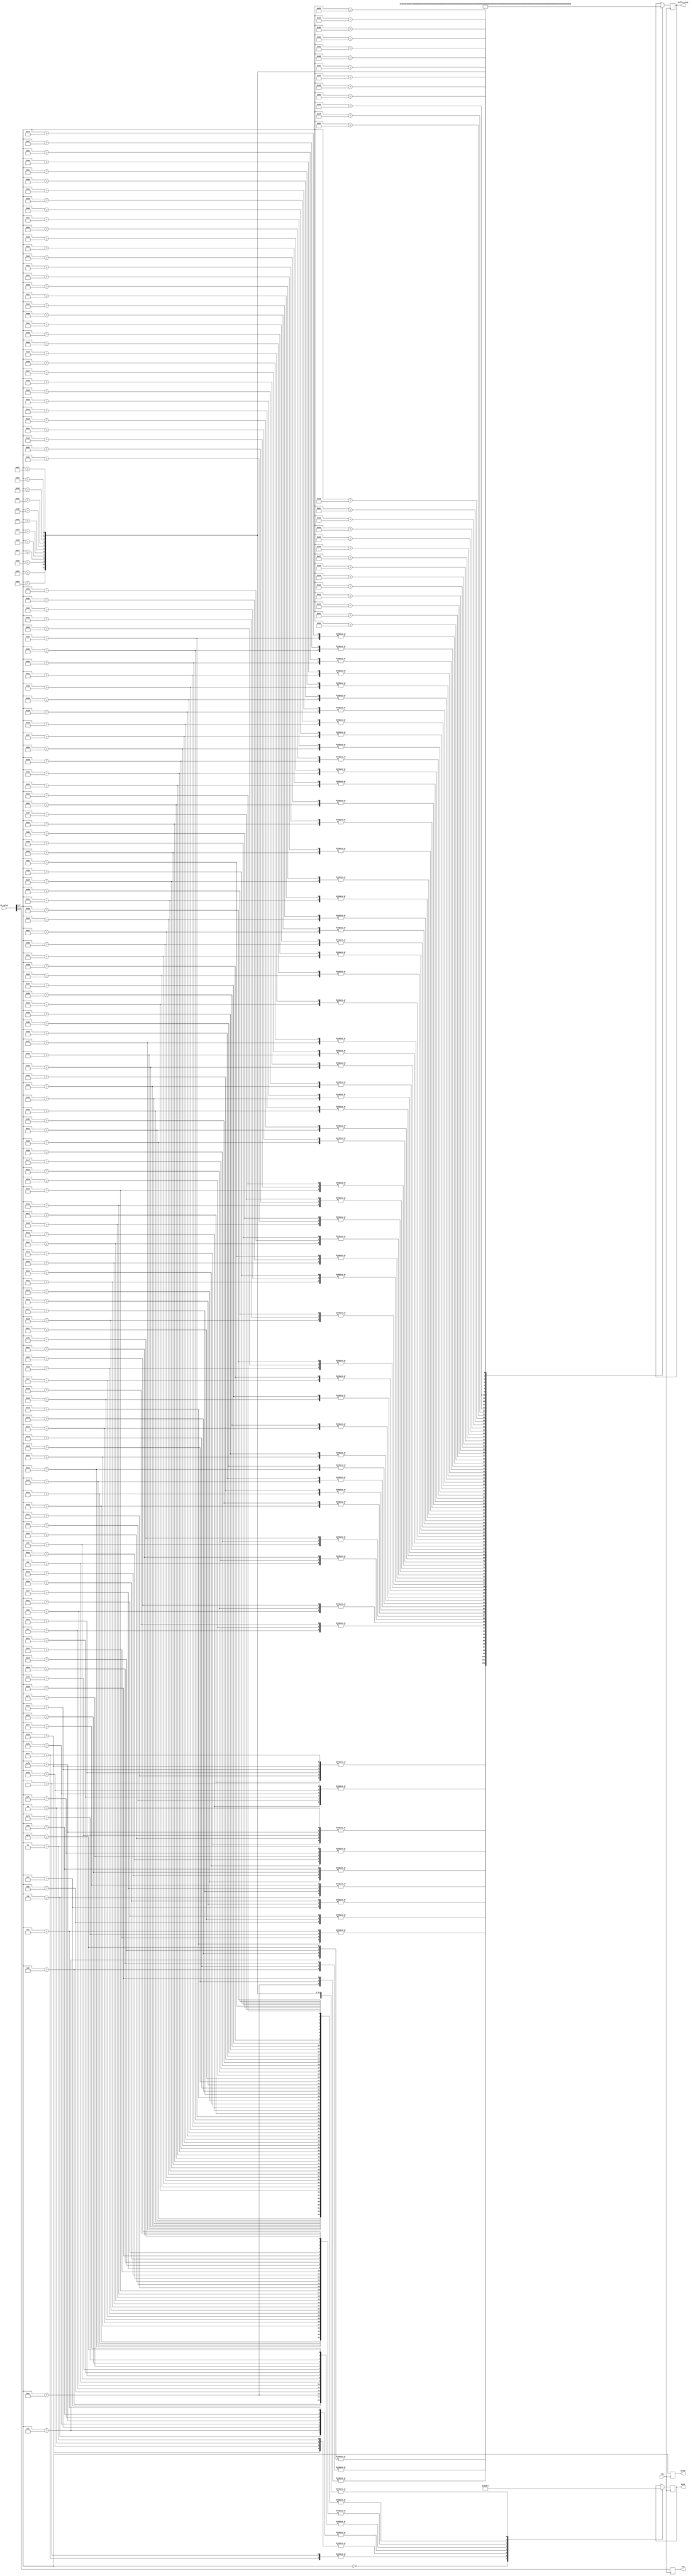
`timescale 1ns / 1ps
//////////////////////////////////////////////////////////////////////////////////
// Company: 
// Engineer: 
// 
// Design Name: 
// Module Name: Size_and_code
// Project Name: 
// Target Devices: 
// Tool Versions: 
// Description: 
// 
// Dependencies: 
// 
// Revision:
// Revision 0.01 - File Created
// Additional Comments:
// OM
//////////////////////////////////////////////////////////////////////////////////


module Size_and_code(RL_value,clk,Size,Suffix_code,value,run);
input [0:11] RL_value;
input clk;
output reg [2:0] Size;
output reg [6:0] Suffix_code;
output reg [0:7] value;
output reg [0:3] run;

always@(posedge clk) begin
        value <= RL_value[4:11];
        run <= RL_value[0:3];
        case(RL_value[4:11])
                8'd153: begin    //-103
                               Size <= 3'd7;
                               Suffix_code <= 7'b0011000;
                        end
                8'd154: begin    //-102
                               Size <= 3'd7;
                               Suffix_code <= 7'b0011001;
                        end
                8'd155: begin    //-101
                               Size <= 3'd7;
                               Suffix_code <= 7'b0011010;
                        end
                8'd156: begin    //-100
                               Size <= 3'd7;
                               Suffix_code <= 7'b0011011;
                        end
                8'd157: begin    //-99
                               Size <= 3'd7;
                               Suffix_code <= 7'b0011100;
                        end
                8'd158: begin    //-98
                               Size <= 3'd7;
                               Suffix_code <= 7'b0011101;
                        end
                8'd159: begin    //-97
                               Size <= 3'd7;
                               Suffix_code <= 7'b0011110;
                        end
                8'd160: begin    //-96
                               Size <= 3'd7;
                               Suffix_code <= 7'b0011111;
                        end
                8'd161: begin    //-95
                               Size <= 3'd7;
                               Suffix_code <= 7'b0100000;
                        end
                8'd162: begin    //-94
                               Size <= 3'd7;
                               Suffix_code <= 7'b0100001;
                        end
                8'd163: begin    //-93
                               Size <= 3'd7;
                               Suffix_code <= 7'b0100010;
                        end
                8'd164: begin    //-92
                               Size <= 3'd7;
                               Suffix_code <= 7'b0100011;
                        end
                8'd165: begin    //-91
                               Size <= 3'd7;
                               Suffix_code <= 7'b0100100;
                        end
                8'd166: begin    //-90
                               Size <= 3'd7;
                               Suffix_code <= 7'b0100101;
                        end
                8'd167: begin    //-89
                               Size <= 3'd7;
                               Suffix_code <= 7'b0100110;
                        end
                8'd168: begin    //-88
                               Size <= 3'd7;
                               Suffix_code <= 7'b0100111;
                        end
                8'd169: begin    //-87
                               Size <= 3'd7;
                               Suffix_code <= 7'b0101000;
                        end
                8'd170: begin    //-86
                               Size <= 3'd7;
                               Suffix_code <= 7'b0101001;
                        end
                8'd171: begin    //-85
                               Size <= 3'd7;
                               Suffix_code <= 7'b0101010;
                        end
                8'd172: begin    //-84
                               Size <= 3'd7;
                               Suffix_code <= 7'b0101011;
                        end
                8'd173: begin    //-83
                               Size <= 3'd7;
                               Suffix_code <= 7'b0101100;
                        end
                8'd174: begin    //-82
                               Size <= 3'd7;
                               Suffix_code <= 7'b0101101;
                        end
                8'd175: begin    //-81
                               Size <= 3'd7;
                               Suffix_code <= 7'b0101110;
                        end
                8'd176: begin    //-80
                               Size <= 3'd7;
                               Suffix_code <= 7'b0101111;
                        end
                8'd177: begin    //-79
                               Size <= 3'd7;
                               Suffix_code <= 7'b0110000;
                        end
                8'd178: begin    //-78
                               Size <= 3'd7;
                               Suffix_code <= 7'b0110001;
                        end
                8'd179: begin    //-77
                               Size <= 3'd7;
                               Suffix_code <= 7'b0110010;
                        end
                8'd180: begin    //-76
                               Size <= 3'd7;
                               Suffix_code <= 7'b0110011;
                        end
                8'd181: begin    //-75
                               Size <= 3'd7;
                               Suffix_code <= 7'b0110100;
                        end
                8'd182: begin    //-74
                               Size <= 3'd7;
                               Suffix_code <= 7'b0110101;
                        end
                8'd183: begin    //-73
                               Size <= 3'd7;
                               Suffix_code <= 7'b0110110;
                        end
                8'd184: begin    //-72
                               Size <= 3'd7;
                               Suffix_code <= 7'b0110111;
                        end
                8'd185: begin    //-71
                               Size <= 3'd7;
                               Suffix_code <= 7'b0111000;
                        end
                8'd186: begin    //-70
                               Size <= 3'd7;
                               Suffix_code <= 7'b0111001;
                        end
                8'd187: begin    //-69
                               Size <= 3'd7;
                               Suffix_code <= 7'b0111010;
                        end
                8'd188: begin    //-68
                               Size <= 3'd7;
                               Suffix_code <= 7'b0111011;
                        end
                8'd189: begin    //-67
                               Size <= 3'd7;
                               Suffix_code <= 7'b0111100;
                        end
                8'd190: begin    //-66
                               Size <= 3'd7;
                               Suffix_code <= 7'b0111101;
                        end
                8'd191: begin    //-65
                               Size <= 3'd7;
                               Suffix_code <= 7'b0111110;
                        end
                8'd192: begin    //-64
                               Size <= 3'd7;
                               Suffix_code <= 7'b0111111;
                        end
                8'd193: begin    //-63
                               Size <= 3'd6;
                               Suffix_code <= 6'b000000;
                        end
                8'd194: begin    //-62
                               Size <= 3'd6;
                               Suffix_code <= 6'b000001;
                        end
                8'd195: begin    //-61
                               Size <= 3'd6;
                               Suffix_code <= 6'b000010;
                        end
                8'd196: begin    //-60
                               Size <= 3'd6;
                               Suffix_code <= 6'b000011;
                        end
                8'd197: begin    //-59
                               Size <= 3'd6;
                               Suffix_code <= 6'b000100;
                        end
                8'd198: begin    //-58
                               Size <= 3'd6;
                               Suffix_code <= 6'b000101;
                        end
                8'd199: begin    //-57
                               Size <= 3'd6;
                               Suffix_code <= 6'b000110;
                        end
                8'd200: begin    //-56
                               Size <= 3'd6;
                               Suffix_code <= 6'b000111;
                        end
                8'd201: begin    //-55
                               Size <= 3'd6;
                               Suffix_code <= 6'b001000;
                        end
                8'd202: begin    //-54
                               Size <= 3'd6;
                               Suffix_code <= 6'b001001;
                        end
                8'd203: begin    //-53
                               Size <= 3'd6;
                               Suffix_code <= 6'b001010;
                        end
                8'd204: begin    //-52
                               Size <= 3'd6;
                               Suffix_code <= 6'b001011;
                        end
                8'd205: begin    //-51
                               Size <= 3'd6;
                               Suffix_code <= 6'b001100;
                        end
                8'd206: begin    //-50
                               Size <= 3'd6;
                               Suffix_code <= 6'b001101;
                        end
                8'd207: begin    //-49
                               Size <= 3'd6;
                               Suffix_code <= 6'b001110;
                        end
                8'd208: begin    //-48
                               Size <= 3'd6;
                               Suffix_code <= 6'b001111;
                        end
                8'd209: begin    //-47
                               Size <= 3'd6;
                               Suffix_code <= 6'b010000;
                        end
                8'd210: begin    //-46
                               Size <= 3'd6;
                               Suffix_code <= 6'b010001;
                        end
                8'd211: begin    //-45
                               Size <= 3'd6;
                               Suffix_code <= 6'b010010;
                        end
                8'd212: begin    //-44
                               Size <= 3'd6;
                               Suffix_code <= 6'b010011;
                        end
                8'd213: begin    //-43
                               Size <= 3'd6;
                               Suffix_code <= 6'b010100;
                        end
                8'd214: begin    //-42
                               Size <= 3'd6;
                               Suffix_code <= 6'b010101;
                        end
                8'd215: begin    //-41
                               Size <= 3'd6;
                               Suffix_code <= 6'b010110;
                        end
                8'd216: begin    //-40
                               Size <= 3'd6;
                               Suffix_code <= 6'b010111;
                        end
                8'd217: begin    //-39
                               Size <= 3'd6;
                               Suffix_code <= 6'b011000;
                        end
                8'd218: begin    //-38
                               Size <= 3'd6;
                               Suffix_code <= 6'b011001;
                        end
                8'd219: begin    //-37
                               Size <= 3'd6;
                               Suffix_code <= 6'b011010;
                        end
                8'd220: begin    //-36
                               Size <= 3'd6;
                               Suffix_code <= 6'b011011;
                        end
                8'd221: begin    //-35
                               Size <= 3'd6;
                               Suffix_code <= 6'b011100;
                        end
                8'd222: begin    //-34
                               Size <= 3'd6;
                               Suffix_code <= 6'b011101;
                        end
                8'd223: begin    //-33
                               Size <= 3'd6;
                               Suffix_code <= 6'b011110;
                        end
                8'd224: begin    //-32
                               Size <= 3'd6;
                               Suffix_code <= 6'b011111;
                        end
                8'd225: begin    //-31
                               Size <= 3'd5;
                               Suffix_code <= 5'b00000;
                        end
                8'd226: begin    //-30
                               Size <= 3'd5;
                               Suffix_code <= 5'b00001;
                        end
                8'd227: begin    //-29
                               Size <= 3'd5;
                               Suffix_code <= 5'b00010;
                        end
                8'd228: begin    //-28
                               Size <= 3'd5;
                               Suffix_code <= 5'b00011;
                        end
                8'd229: begin    //-27
                               Size <= 3'd5;
                               Suffix_code <= 5'b00100;
                        end
                8'd230: begin    //-26
                               Size <= 3'd5;
                               Suffix_code <= 5'b00101;
                        end
                8'd231: begin    //-25
                               Size <= 3'd5;
                               Suffix_code <= 5'b00110;
                        end
                8'd232: begin    //-24
                               Size <= 3'd5;
                               Suffix_code <= 5'b00111;
                        end
                8'd233: begin    //-23
                               Size <= 3'd5;
                               Suffix_code <= 5'b01000;
                        end
                8'd234: begin    //-22
                               Size <= 3'd5;
                               Suffix_code <= 5'b01001;
                        end
                8'd235: begin    //-21
                               Size <= 3'd5;
                               Suffix_code <= 5'b01010;
                        end
                8'd236: begin    //-20
                               Size <= 3'd5;
                               Suffix_code <= 5'b01011;
                        end
                8'd237: begin    //-19
                               Size <= 3'd5;
                               Suffix_code <= 5'b01100;
                        end
                8'd238: begin    //-18
                               Size <= 3'd5;
                               Suffix_code <= 5'b01101;
                        end
                8'd239: begin    //-17
                               Size <= 3'd5;
                               Suffix_code <= 5'b01110;
                        end
                8'd240: begin    //-16
                               Size <= 3'd5;
                               Suffix_code <= 5'b01111;
                        end
                8'd241: begin    //-15
                               Size <= 3'd4;
                               Suffix_code <= 4'b0000;
                        end
                8'd242: begin    //-14
                               Size <= 3'd4;
                               Suffix_code <= 4'b0001;
                        end
                8'd243: begin    //-13
                               Size <= 3'd4;
                               Suffix_code <= 4'b0010;
                        end
                8'd244: begin    //-12
                               Size <= 3'd4;
                               Suffix_code <= 4'b0011;
                        end
                8'd245: begin    //-11
                               Size <= 3'd4;
                               Suffix_code <= 4'b0100;
                        end
                8'd246: begin    //-10
                               Size <= 3'd4;
                               Suffix_code <= 4'b0101;
                        end
                8'd247: begin    //-9
                               Size <= 3'd4;
                               Suffix_code <= 4'b0110;
                        end
                8'd248: begin    //-8
                               Size <= 3'd4;
                               Suffix_code <= 4'b0111;
                        end
                8'd249: begin    //-7
                               Size <= 2'd3;
                               Suffix_code <= 3'b000;
                        end
                8'd250: begin    //-6
                               Size <= 2'd3;
                               Suffix_code <= 3'b001;
                        end
                8'd251: begin    //-5
                               Size <= 2'd3;
                               Suffix_code <= 3'b010;
                        end
                8'd252: begin    //-4
                               Size <= 2'd3;
                               Suffix_code <= 3'b011;
                        end
                8'd253: begin    //-3
                               Size <= 2'd2;
                               Suffix_code <= 2'b00;
                        end
                8'd254: begin    //-2
                               Size <= 2'd2;
                               Suffix_code <= 2'b01;
                        end
                8'd255: begin    //-1
                               Size <= 1'd1;
                               Suffix_code <= 1'b0;
                        end
                8'd0: begin    //0
                             Size <= 1'd0;
                        end
                8'd1: begin    //1
                             Size <= 1'd1;
                             Suffix_code <= 1'b1;
                        end
                8'd2: begin    //2
                             Size <= 2'd2;
                             Suffix_code <= 2'b10;
                        end
                8'd3: begin    //3
                             Size <= 2'd2;
                             Suffix_code <= 2'b11;
                        end
                8'd4: begin    //4
                             Size <= 2'd3;
                             Suffix_code <= 3'b100;
                        end
                8'd5: begin    //5
                             Size <= 2'd3;
                             Suffix_code <= 3'b101;
                        end
                8'd6: begin    //6
                             Size <= 2'd3;
                             Suffix_code <= 3'b110;
                        end
                8'd7: begin    //7
                             Size <= 2'd3;
                             Suffix_code <= 3'b111;
                        end
                8'd8: begin    //8
                             Size <= 3'd4;
                             Suffix_code <= 4'b1000;
                        end
                8'd9: begin    //9
                             Size <= 3'd4;
                             Suffix_code <= 4'b1001;
                        end
                8'd10: begin    //10
                             Size <= 3'd4;
                             Suffix_code <= 4'b1010;
                        end
                8'd11: begin    //11
                             Size <= 3'd4;
                             Suffix_code <= 4'b1011;
                        end
                8'd12: begin    //12
                             Size <= 3'd4;
                             Suffix_code <= 4'b1100;
                        end
                8'd13: begin    //13
                             Size <= 3'd4;
                             Suffix_code <= 4'b1101;
                        end
                8'd14: begin    //14
                             Size <= 3'd4;
                             Suffix_code <= 4'b1110;
                        end
                8'd15: begin    //15
                             Size <= 3'd4;
                             Suffix_code <= 4'b1111;
                        end
                8'd16: begin    //16
                             Size <= 3'd5;
                             Suffix_code <= 5'b10000;
                        end
                8'd17: begin    //17
                             Size <= 3'd5;
                             Suffix_code <= 5'b10001;
                        end
                8'd18: begin    //18
                             Size <= 3'd5;
                             Suffix_code <= 5'b10010;
                        end
                8'd19: begin    //19
                             Size <= 3'd5;
                             Suffix_code <= 5'b10011;
                        end
                8'd20: begin    //20
                             Size <= 3'd5;
                             Suffix_code <= 5'b10100;
                        end
                8'd21: begin    //21
                             Size <= 3'd5;
                             Suffix_code <= 5'b10101;
                        end
                8'd22: begin    //22
                             Size <= 3'd5;
                             Suffix_code <= 5'b10110;
                        end
                8'd23: begin    //23
                             Size <= 3'd5;
                             Suffix_code <= 5'b10111;
                        end
                8'd24: begin    //24
                             Size <= 3'd5;
                             Suffix_code <= 5'b11000;
                        end
                8'd25: begin    //25
                             Size <= 3'd5;
                             Suffix_code <= 5'b11001;
                        end
                8'd26: begin    //26
                             Size <= 3'd5;
                             Suffix_code <= 5'b11010;
                        end
                8'd27: begin    //27
                             Size <= 3'd5;
                             Suffix_code <= 5'b11011;
                        end
                8'd28: begin    //28
                             Size <= 3'd5;
                             Suffix_code <= 5'b11100;
                        end
                8'd29: begin    //29
                             Size <= 3'd5;
                             Suffix_code <= 5'b11101;
                        end
                8'd30: begin    //30
                             Size <= 3'd5;
                             Suffix_code <= 5'b11110;
                        end
                8'd31: begin    //31
                             Size <= 3'd5;
                             Suffix_code <= 5'b11111;
                        end
                8'd32: begin    //32
                             Size <= 3'd6;
                             Suffix_code <= 6'b100000;
                        end
                8'd33: begin    //33
                             Size <= 3'd6;
                             Suffix_code <= 6'b100001;
                        end
                8'd34: begin    //34
                             Size <= 3'd6;
                             Suffix_code <= 6'b100010;
                        end
                8'd35: begin    //35
                             Size <= 3'd6;
                             Suffix_code <= 6'b100011;
                        end
                8'd36: begin    //36
                             Size <= 3'd6;
                             Suffix_code <= 6'b100100;
                        end
                8'd37: begin    //37
                             Size <= 3'd6;
                             Suffix_code <= 6'b100101;
                        end
                8'd38: begin    //38
                             Size <= 3'd6;
                             Suffix_code <= 6'b100110;
                        end
                8'd39: begin    //39
                             Size <= 3'd6;
                             Suffix_code <= 6'b100111;
                        end
                8'd40: begin    //40
                             Size <= 3'd6;
                             Suffix_code <= 6'b101000;
                        end
                8'd41: begin    //41
                             Size <= 3'd6;
                             Suffix_code <= 6'b101001;
                        end
                8'd42: begin    //42
                             Size <= 3'd6;
                             Suffix_code <= 6'b101010;
                        end
                8'd43: begin    //43
                             Size <= 3'd6;
                             Suffix_code <= 6'b101011;
                        end
                8'd44: begin    //44
                             Size <= 3'd6;
                             Suffix_code <= 6'b101100;
                        end
                8'd45: begin    //45
                             Size <= 3'd6;
                             Suffix_code <= 6'b101101;
                        end
                8'd46: begin    //46
                             Size <= 3'd6;
                             Suffix_code <= 6'b101110;
                        end
                8'd47: begin    //47
                             Size <= 3'd6;
                             Suffix_code <= 6'b101111;
                        end
                8'd48: begin    //48
                             Size <= 3'd6;
                             Suffix_code <= 6'b110000;
                        end
                8'd49: begin    //49
                             Size <= 3'd6;
                             Suffix_code <= 6'b110001;
                        end
                8'd50: begin    //50
                             Size <= 3'd6;
                             Suffix_code <= 6'b110010;
                        end
                8'd51: begin    //51
                             Size <= 3'd6;
                             Suffix_code <= 6'b110011;
                        end
                8'd52: begin    //52
                             Size <= 3'd6;
                             Suffix_code <= 6'b110100;
                        end
                8'd53: begin    //53
                             Size <= 3'd6;
                             Suffix_code <= 6'b110101;
                        end
                8'd54: begin    //54
                             Size <= 3'd6;
                             Suffix_code <= 6'b110110;
                        end
                8'd55: begin    //55
                             Size <= 3'd6;
                             Suffix_code <= 6'b110111;
                        end
                8'd56: begin    //56
                             Size <= 3'd6;
                             Suffix_code <= 6'b111000;
                        end
                8'd57: begin    //57
                             Size <= 3'd6;
                             Suffix_code <= 6'b111001;
                        end
                8'd58: begin    //58
                             Size <= 3'd6;
                             Suffix_code <= 6'b111010;
                        end
                8'd59: begin    //59
                             Size <= 3'd6;
                             Suffix_code <= 6'b111011;
                        end
                8'd60: begin    //60
                             Size <= 3'd6;
                             Suffix_code <= 6'b111100;
                        end
                8'd61: begin    //61
                             Size <= 3'd6;
                             Suffix_code <= 6'b111101;
                        end
                8'd62: begin    //62
                             Size <= 3'd6;
                             Suffix_code <= 6'b111110;
                        end
                8'd63: begin    //63
                             Size <= 3'd6;
                             Suffix_code <= 6'b111111;
                        end
                8'd64: begin    //64
                             Size <= 3'd7;
                             Suffix_code <= 7'b1000000;
                        end
                8'd65: begin    //65
                             Size <= 3'd7;
                             Suffix_code <= 7'b1000001;
                        end
                8'd66: begin    //66
                             Size <= 3'd7;
                             Suffix_code <= 7'b1000010;
                        end
                8'd67: begin    //67
                             Size <= 3'd7;
                             Suffix_code <= 7'b1000011;
                        end
                8'd68: begin    //68
                             Size <= 3'd7;
                             Suffix_code <= 7'b1000100;
                        end
                8'd69: begin    //69
                             Size <= 3'd7;
                             Suffix_code <= 7'b1000101;
                        end
                8'd70: begin    //70
                             Size <= 3'd7;
                             Suffix_code <= 7'b1000110;
                        end
                8'd71: begin    //71
                             Size <= 3'd7;
                             Suffix_code <= 7'b1000111;
                        end
                8'd72: begin    //72
                             Size <= 3'd7;
                             Suffix_code <= 7'b1001000;
                        end
                8'd73: begin    //73
                             Size <= 3'd7;
                             Suffix_code <= 7'b1001001;
                        end
                8'd74: begin    //74
                             Size <= 3'd7;
                             Suffix_code <= 7'b1001010;
                        end
                8'd75: begin    //75
                             Size <= 3'd7;
                             Suffix_code <= 7'b1001011;
                        end
                8'd76: begin    //76
                             Size <= 3'd7;
                             Suffix_code <= 7'b1001100;
                        end
                8'd77: begin    //77
                             Size <= 3'd7;
                             Suffix_code <= 7'b1001101;
                        end
                8'd78: begin    //78
                             Size <= 3'd7;
                             Suffix_code <= 7'b1001110;
                        end
                8'd79: begin    //79
                             Size <= 3'd7;
                             Suffix_code <= 7'b1001111;
                        end
                8'd80: begin    //80
                             Size <= 3'd7;
                             Suffix_code <= 7'b1010000;
                        end
                8'd81: begin    //81
                             Size <= 3'd7;
                             Suffix_code <= 7'b1010001;
                        end
                8'd82: begin    //82
                             Size <= 3'd7;
                             Suffix_code <= 7'b1010010;
                        end
                8'd83: begin    //83
                             Size <= 3'd7;
                             Suffix_code <= 7'b1010011;
                        end
                8'd84: begin    //84
                             Size <= 3'd7;
                             Suffix_code <= 7'b1010100;
                        end
                8'd85: begin    //85
                             Size <= 3'd7;
                             Suffix_code <= 7'b1010101;
                        end
                8'd86: begin    //86
                             Size <= 3'd7;
                             Suffix_code <= 7'b1010110;
                        end
                8'd87: begin    //87
                             Size <= 3'd7;
                             Suffix_code <= 7'b1010111;
                        end
                8'd88: begin    //88
                             Size <= 3'd7;
                             Suffix_code <= 7'b1011000;
                        end
                8'd89: begin    //89
                             Size <= 3'd7;
                             Suffix_code <= 7'b1011001;
                        end
                8'd90: begin    //90
                             Size <= 3'd7;
                             Suffix_code <= 7'b1011010;
                        end
                8'd91: begin    //91
                             Size <= 3'd7;
                             Suffix_code <= 7'b1011011;
                        end
                8'd92: begin    //92
                             Size <= 3'd7;
                             Suffix_code <= 7'b1011100;
                        end
                8'd93: begin    //93
                             Size <= 3'd7;
                             Suffix_code <= 7'b1011101;
                        end
                8'd94: begin    //94
                             Size <= 3'd7;
                             Suffix_code <= 7'b1011110;
                        end
                8'd95: begin    //95
                             Size <= 3'd7;
                             Suffix_code <= 7'b1011111;
                        end
                8'd96: begin    //96
                             Size <= 3'd7;
                             Suffix_code <= 7'b1100000;
                        end
                8'd97: begin    //97
                             Size <= 3'd7;
                             Suffix_code <= 7'b1100001;
                        end
                8'd98: begin    //98
                             Size <= 3'd7;
                             Suffix_code <= 7'b1100010;
                        end
                8'd99: begin    //99
                             Size <= 3'd7;
                             Suffix_code <= 7'b1100011;
                        end
                8'd100: begin    //100
                             Size <= 3'd7;
                             Suffix_code <= 7'b1100100;
                        end
                8'd101: begin    //101
                             Size <= 3'd7;
                             Suffix_code <= 7'b1100101;
                        end
                8'd102: begin    //102
                             Size <= 3'd7;
                             Suffix_code <= 7'b1100110;
                        end
        endcase
end

endmodule